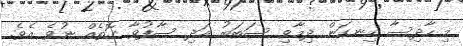
މި ހާދިސާ ހިނގަން ދިމާވި ސަބަބު އަދި ސާފުވާ ގޮތެއް ނުވެ އެވެ.